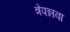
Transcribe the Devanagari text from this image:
त्रेपन्नवा